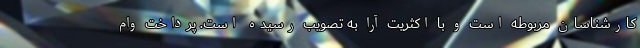
کارشناسان مربوطه است و با اکثریت آرا به تصویب رسیده است. پرداخت وام